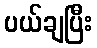
ပယ်ချပြီး